Civil Veterinary Dept. Bombay admin report 1932-41 - 1932-1941
Year: 1932
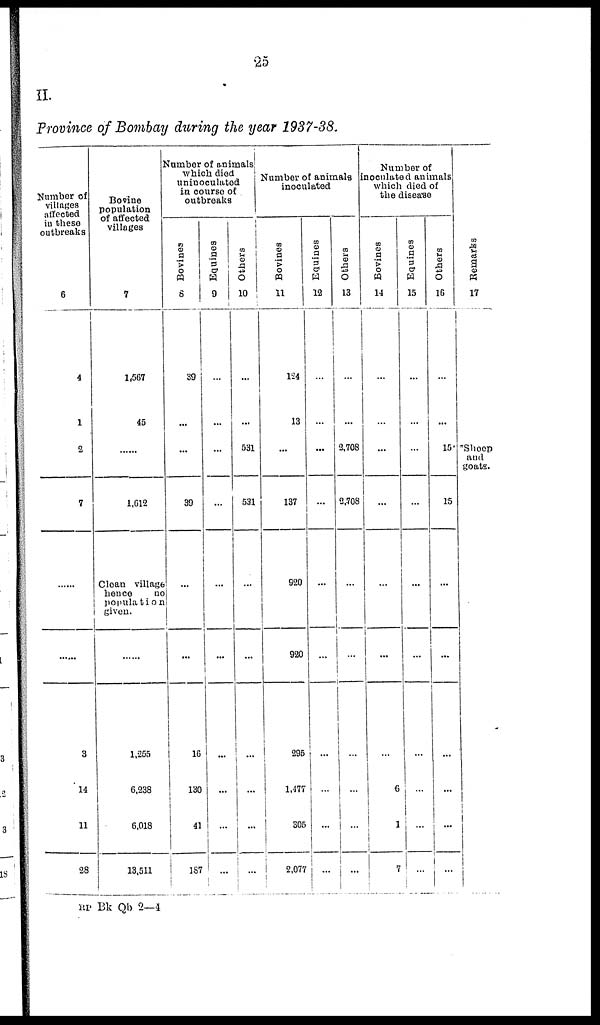
25
II.
Province of Bombay during the year 1937-38.
Number of
villages
affected
in these
outbreaks
6
4
1
2
7
......
......
3
14
11
28
Bovine
population
of affected
villages
7
1,567
45
......
1,612
Clean village
hence
no
population
given.
......
1,255
6,238
6,018
13,511
Number of animals
which died
uninoculated
in course of
outbreaks
Bovines
8
39
...
...
39
...
...
16
130
41
187
Equities
9
...
...
...
...
...
...
...
...
...
...
Others
10
...
...
531
531
...
...
...
...
...
...
Number of animate
inoculated
Bovines
11
124
13
...
137
920
920
295
1,477
305
2,077
Equines
12
...
...
...
...
...
...
...
...
...
...
Others
13
...
...
2,708
2,708
...
...
...
...
...
...
Number of
inoculated animals
which died of
the disease
Bovines
14
...
...
...
...
...
...
...
6
1
7
Equines
15
...
...
...
...
...
...
...
...
...
...
Others
16
...
...
15
15
...
...
...
...
...
...
Remarks
17
*Sheep
and
goats.
RP Bk Qb 2—4